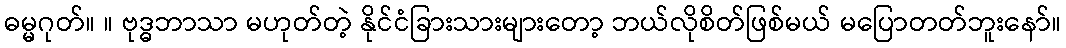
ဓမ္မဂုတ်။ ။ ဗုဒ္ဓဘာသာ မဟုတ်တဲ့ နိုင်ငံခြားသားများတော့ ဘယ်လိုစိတ်ဖြစ်မယ် မပြောတတ်ဘူးနော်။